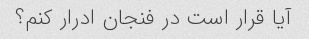
آیا قرار است در فنجان ادرار کنم؟